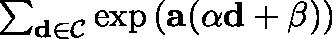
\begin{array} { r } { \sum _ { \mathbf { d } \in \mathcal { C } } \exp \left( \mathbf { a } ^ { \intercal } ( \alpha \mathbf { d } + \mathbf { \beta } ) \right) } \end{array}